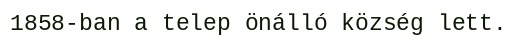
1858-ban a telep önálló község lett.